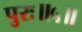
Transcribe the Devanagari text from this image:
पुरः॥५॥